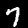
Digit: 7